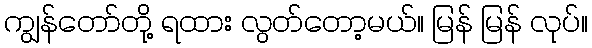
ကျွန်တော်တို့ ရထား လွတ်တော့မယ်။ မြန် မြန် လုပ်။